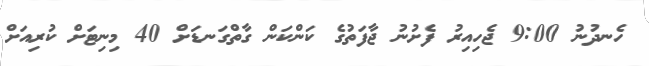
ހެނދުނު 9:00 ޖެހިއިރު ފެށުނު ޖާފަތުގެ ކަންކަން ގާތްގަނޑަށް 40 މިނިޓަށް ކުރިއަށް